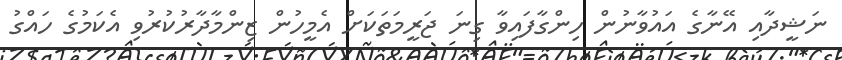
ނަޝީދާއި އޭނާގެ އައުވާނުން ހިންގާފައިވާ ގިނަ ޖަރީމަތަކަށް އެމީހުން ޒިންމާދާރުކުރުވި އެކަމުގެ ހައްގު